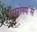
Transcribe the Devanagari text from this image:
एयरोस्प॓स